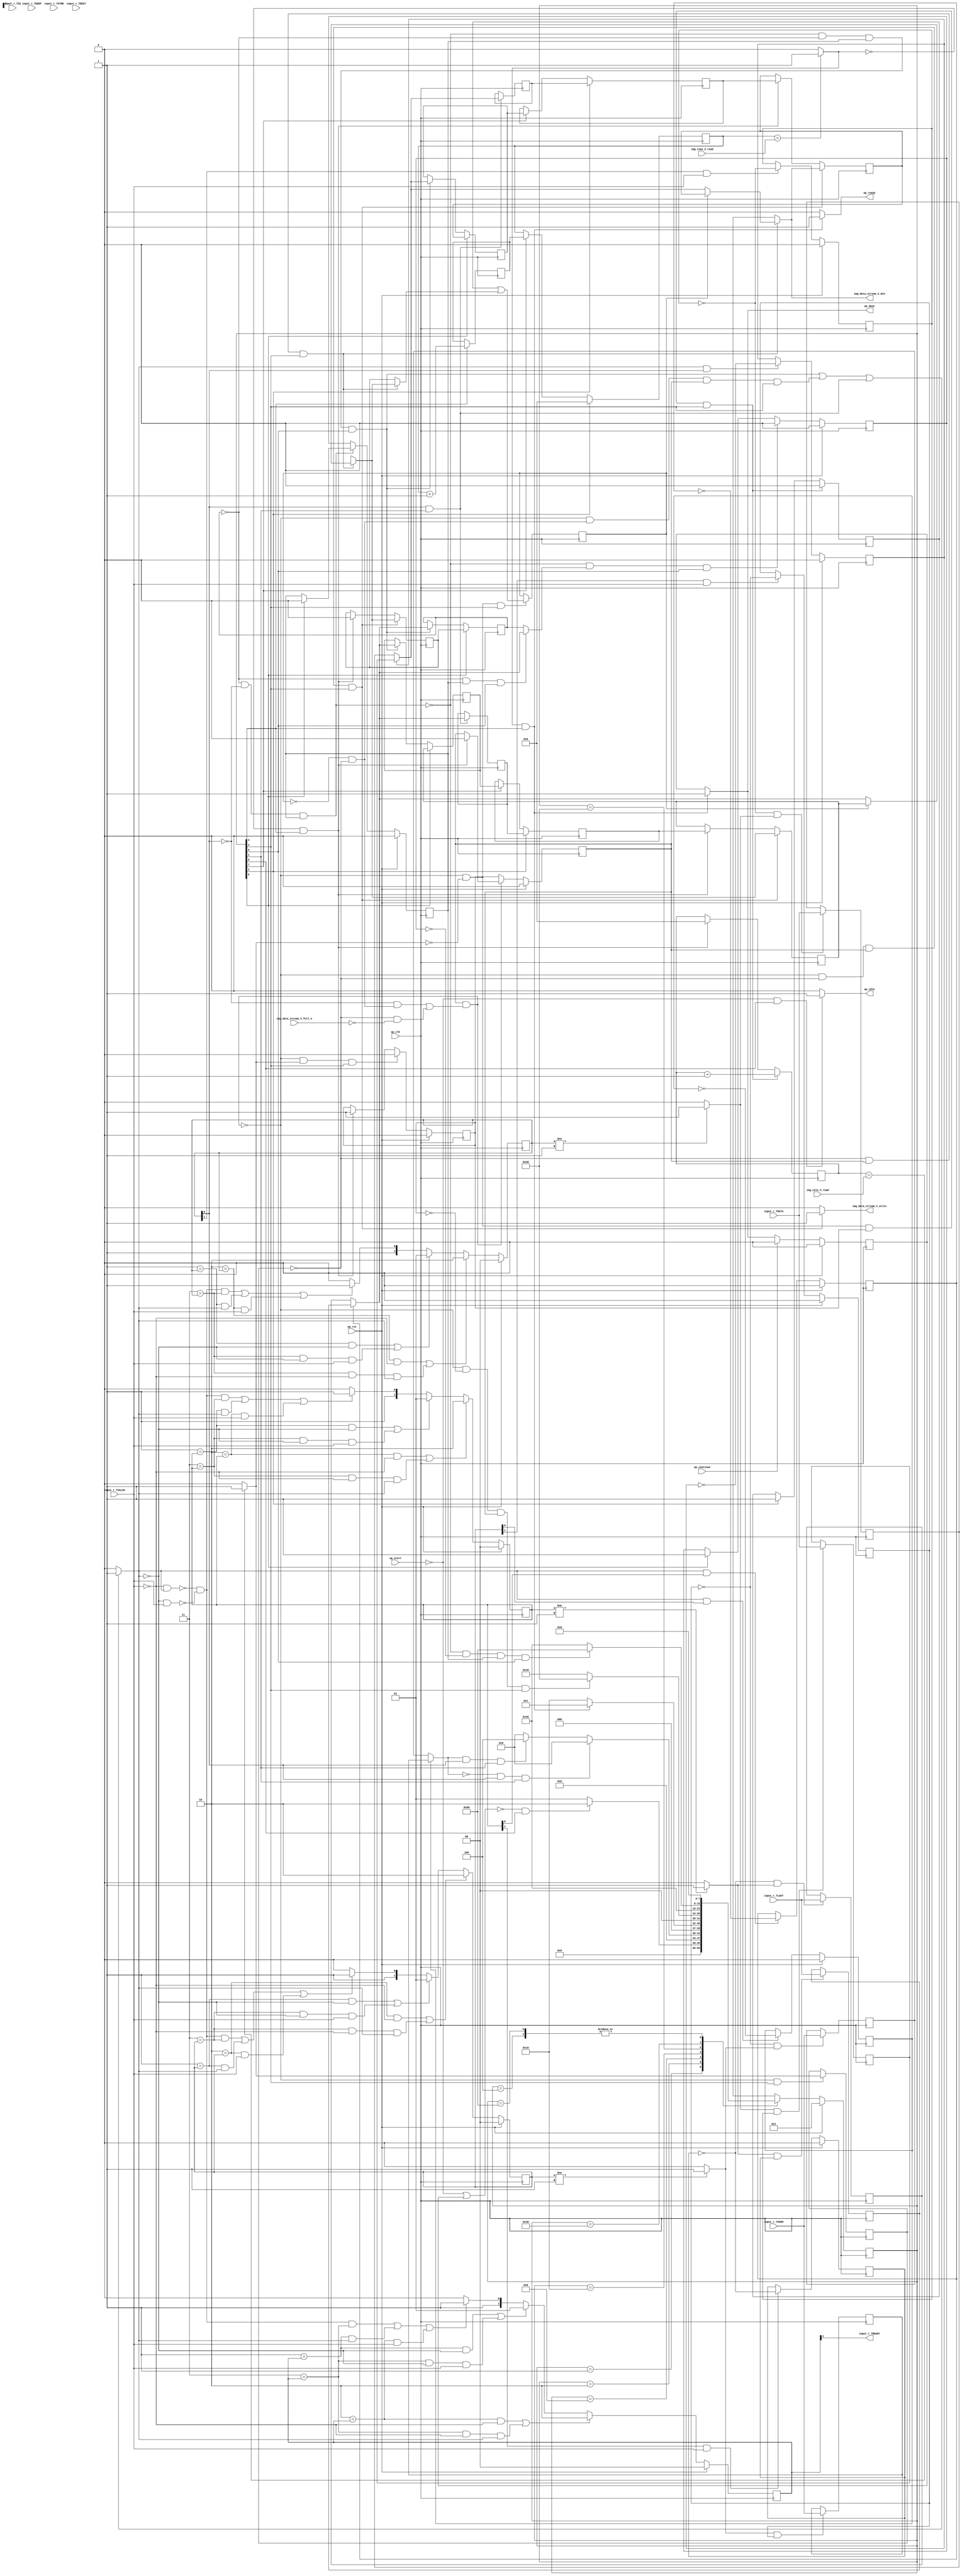
// ==============================================================
// RTL generated by Vivado(TM) HLS - High-Level Synthesis from C, C++ and SystemC
// Version: 2018.2
// Copyright (C) 1986-2018 Xilinx, Inc. All Rights Reserved.
// 
// ===========================================================

`timescale 1 ns / 1 ps 

module AXIvideo2Mat (
        ap_clk,
        ap_rst,
        ap_start,
        ap_done,
        ap_continue,
        ap_idle,
        ap_ready,
        input_r_TDATA,
        input_r_TVALID,
        input_r_TREADY,
        input_r_TKEEP,
        input_r_TSTRB,
        input_r_TUSER,
        input_r_TLAST,
        input_r_TID,
        input_r_TDEST,
        img_rows_V_read,
        img_cols_V_read,
        img_data_stream_V_din,
        img_data_stream_V_full_n,
        img_data_stream_V_write
);

parameter    ap_ST_fsm_state1 = 8'd1;
parameter    ap_ST_fsm_state2 = 8'd2;
parameter    ap_ST_fsm_state3 = 8'd4;
parameter    ap_ST_fsm_state4 = 8'd8;
parameter    ap_ST_fsm_pp1_stage0 = 8'd16;
parameter    ap_ST_fsm_state7 = 8'd32;
parameter    ap_ST_fsm_pp2_stage0 = 8'd64;
parameter    ap_ST_fsm_state10 = 8'd128;

input   ap_clk;
input   ap_rst;
input   ap_start;
output   ap_done;
input   ap_continue;
output   ap_idle;
output   ap_ready;
input  [7:0] input_r_TDATA;
input   input_r_TVALID;
output   input_r_TREADY;
input  [0:0] input_r_TKEEP;
input  [0:0] input_r_TSTRB;
input  [0:0] input_r_TUSER;
input  [0:0] input_r_TLAST;
input  [0:0] input_r_TID;
input  [0:0] input_r_TDEST;
input  [31:0] img_rows_V_read;
input  [31:0] img_cols_V_read;
output  [7:0] img_data_stream_V_din;
input   img_data_stream_V_full_n;
output   img_data_stream_V_write;

reg ap_done;
reg ap_idle;
reg ap_ready;
reg img_data_stream_V_write;

reg    ap_done_reg;
(* fsm_encoding = "none" *) reg   [7:0] ap_CS_fsm;
wire    ap_CS_fsm_state1;
reg   [7:0] AXI_video_strm_V_data_V_0_data_out;
wire    AXI_video_strm_V_data_V_0_vld_in;
wire    AXI_video_strm_V_data_V_0_vld_out;
wire    AXI_video_strm_V_data_V_0_ack_in;
reg    AXI_video_strm_V_data_V_0_ack_out;
reg   [7:0] AXI_video_strm_V_data_V_0_payload_A;
reg   [7:0] AXI_video_strm_V_data_V_0_payload_B;
reg    AXI_video_strm_V_data_V_0_sel_rd;
reg    AXI_video_strm_V_data_V_0_sel_wr;
wire    AXI_video_strm_V_data_V_0_sel;
wire    AXI_video_strm_V_data_V_0_load_A;
wire    AXI_video_strm_V_data_V_0_load_B;
reg   [1:0] AXI_video_strm_V_data_V_0_state;
wire    AXI_video_strm_V_data_V_0_state_cmp_full;
reg   [0:0] AXI_video_strm_V_user_V_0_data_out;
wire    AXI_video_strm_V_user_V_0_vld_in;
wire    AXI_video_strm_V_user_V_0_vld_out;
wire    AXI_video_strm_V_user_V_0_ack_in;
reg    AXI_video_strm_V_user_V_0_ack_out;
reg   [0:0] AXI_video_strm_V_user_V_0_payload_A;
reg   [0:0] AXI_video_strm_V_user_V_0_payload_B;
reg    AXI_video_strm_V_user_V_0_sel_rd;
reg    AXI_video_strm_V_user_V_0_sel_wr;
wire    AXI_video_strm_V_user_V_0_sel;
wire    AXI_video_strm_V_user_V_0_load_A;
wire    AXI_video_strm_V_user_V_0_load_B;
reg   [1:0] AXI_video_strm_V_user_V_0_state;
wire    AXI_video_strm_V_user_V_0_state_cmp_full;
reg   [0:0] AXI_video_strm_V_last_V_0_data_out;
wire    AXI_video_strm_V_last_V_0_vld_in;
wire    AXI_video_strm_V_last_V_0_vld_out;
wire    AXI_video_strm_V_last_V_0_ack_in;
reg    AXI_video_strm_V_last_V_0_ack_out;
reg   [0:0] AXI_video_strm_V_last_V_0_payload_A;
reg   [0:0] AXI_video_strm_V_last_V_0_payload_B;
reg    AXI_video_strm_V_last_V_0_sel_rd;
reg    AXI_video_strm_V_last_V_0_sel_wr;
wire    AXI_video_strm_V_last_V_0_sel;
wire    AXI_video_strm_V_last_V_0_load_A;
wire    AXI_video_strm_V_last_V_0_load_B;
reg   [1:0] AXI_video_strm_V_last_V_0_state;
wire    AXI_video_strm_V_last_V_0_state_cmp_full;
wire    AXI_video_strm_V_dest_V_0_vld_in;
reg    AXI_video_strm_V_dest_V_0_ack_out;
reg   [1:0] AXI_video_strm_V_dest_V_0_state;
reg    input_r_TDATA_blk_n;
wire    ap_CS_fsm_state2;
wire    ap_CS_fsm_pp1_stage0;
reg    ap_enable_reg_pp1_iter1;
wire    ap_block_pp1_stage0;
reg   [0:0] exitcond_reg_362;
reg   [0:0] brmerge_reg_371;
wire    ap_CS_fsm_pp2_stage0;
reg    ap_enable_reg_pp2_iter1;
wire    ap_block_pp2_stage0;
reg   [0:0] eol_2_reg_233;
reg    img_data_stream_V_blk_n;
reg   [31:0] t_V_4_reg_162;
reg   [0:0] eol_reg_173;
reg   [0:0] eol_1_reg_185;
reg   [7:0] axi_data_V_1_reg_196;
reg   [0:0] axi_last_V_3_reg_244;
reg   [7:0] axi_data_V_3_reg_256;
reg    ap_block_state1;
reg   [7:0] tmp_data_V_reg_333;
reg   [0:0] tmp_last_V_reg_341;
wire   [0:0] exitcond4_fu_287_p2;
wire    ap_CS_fsm_state4;
wire   [31:0] i_V_fu_292_p2;
reg   [31:0] i_V_reg_357;
wire   [0:0] exitcond_fu_298_p2;
wire    ap_block_state5_pp1_stage0_iter0;
reg    ap_predicate_op56_read_state6;
reg    ap_block_state6_pp1_stage0_iter1;
reg    ap_block_pp1_stage0_11001;
wire   [31:0] j_V_fu_303_p2;
reg    ap_enable_reg_pp1_iter0;
wire   [0:0] brmerge_fu_312_p2;
wire    ap_block_state8_pp2_stage0_iter0;
reg    ap_block_state9_pp2_stage0_iter1;
reg    ap_block_pp2_stage0_11001;
reg    ap_block_pp1_stage0_subdone;
reg    ap_enable_reg_pp2_iter0;
wire    ap_CS_fsm_state7;
reg    ap_block_pp2_stage0_subdone;
reg   [0:0] ap_phi_mux_eol_2_phi_fu_236_p4;
reg   [0:0] axi_last_V1_reg_131;
wire    ap_CS_fsm_state10;
wire    ap_CS_fsm_state3;
reg   [7:0] axi_data_V1_reg_141;
reg   [31:0] t_V_reg_151;
reg   [0:0] ap_phi_mux_eol_phi_fu_177_p4;
reg   [0:0] ap_phi_mux_axi_last_V_2_phi_fu_212_p4;
reg   [7:0] ap_phi_mux_p_Val2_s_phi_fu_224_p4;
wire   [0:0] ap_phi_reg_pp1_iter1_axi_last_V_2_reg_207;
wire   [7:0] ap_phi_reg_pp1_iter1_p_Val2_s_reg_220;
reg    ap_block_pp1_stage0_01001;
reg   [0:0] sof_1_fu_90;
wire   [0:0] tmp_user_V_fu_278_p1;
reg   [7:0] ap_NS_fsm;
reg    ap_idle_pp1;
wire    ap_enable_pp1;
reg    ap_idle_pp2;
wire    ap_enable_pp2;
reg    ap_condition_487;

// power-on initialization
initial begin
#0 ap_done_reg = 1'b0;
#0 ap_CS_fsm = 8'd1;
#0 AXI_video_strm_V_data_V_0_sel_rd = 1'b0;
#0 AXI_video_strm_V_data_V_0_sel_wr = 1'b0;
#0 AXI_video_strm_V_data_V_0_state = 2'd0;
#0 AXI_video_strm_V_user_V_0_sel_rd = 1'b0;
#0 AXI_video_strm_V_user_V_0_sel_wr = 1'b0;
#0 AXI_video_strm_V_user_V_0_state = 2'd0;
#0 AXI_video_strm_V_last_V_0_sel_rd = 1'b0;
#0 AXI_video_strm_V_last_V_0_sel_wr = 1'b0;
#0 AXI_video_strm_V_last_V_0_state = 2'd0;
#0 AXI_video_strm_V_dest_V_0_state = 2'd0;
#0 ap_enable_reg_pp1_iter1 = 1'b0;
#0 ap_enable_reg_pp2_iter1 = 1'b0;
#0 ap_enable_reg_pp1_iter0 = 1'b0;
#0 ap_enable_reg_pp2_iter0 = 1'b0;
end

always @ (posedge ap_clk) begin
    if (ap_rst == 1'b1) begin
        AXI_video_strm_V_data_V_0_sel_rd <= 1'b0;
    end else begin
        if (((1'b1 == AXI_video_strm_V_data_V_0_ack_out) & (1'b1 == AXI_video_strm_V_data_V_0_vld_out))) begin
            AXI_video_strm_V_data_V_0_sel_rd <= ~AXI_video_strm_V_data_V_0_sel_rd;
        end
    end
end

always @ (posedge ap_clk) begin
    if (ap_rst == 1'b1) begin
        AXI_video_strm_V_data_V_0_sel_wr <= 1'b0;
    end else begin
        if (((1'b1 == AXI_video_strm_V_data_V_0_ack_in) & (1'b1 == AXI_video_strm_V_data_V_0_vld_in))) begin
            AXI_video_strm_V_data_V_0_sel_wr <= ~AXI_video_strm_V_data_V_0_sel_wr;
        end
    end
end

always @ (posedge ap_clk) begin
    if (ap_rst == 1'b1) begin
        AXI_video_strm_V_data_V_0_state <= 2'd0;
    end else begin
        if ((((2'd2 == AXI_video_strm_V_data_V_0_state) & (1'b0 == AXI_video_strm_V_data_V_0_vld_in)) | ((2'd3 == AXI_video_strm_V_data_V_0_state) & (1'b0 == AXI_video_strm_V_data_V_0_vld_in) & (1'b1 == AXI_video_strm_V_data_V_0_ack_out)))) begin
            AXI_video_strm_V_data_V_0_state <= 2'd2;
        end else if ((((2'd1 == AXI_video_strm_V_data_V_0_state) & (1'b0 == AXI_video_strm_V_data_V_0_ack_out)) | ((2'd3 == AXI_video_strm_V_data_V_0_state) & (1'b0 == AXI_video_strm_V_data_V_0_ack_out) & (1'b1 == AXI_video_strm_V_data_V_0_vld_in)))) begin
            AXI_video_strm_V_data_V_0_state <= 2'd1;
        end else if (((~((1'b0 == AXI_video_strm_V_data_V_0_vld_in) & (1'b1 == AXI_video_strm_V_data_V_0_ack_out)) & ~((1'b0 == AXI_video_strm_V_data_V_0_ack_out) & (1'b1 == AXI_video_strm_V_data_V_0_vld_in)) & (2'd3 == AXI_video_strm_V_data_V_0_state)) | ((2'd1 == AXI_video_strm_V_data_V_0_state) & (1'b1 == AXI_video_strm_V_data_V_0_ack_out)) | ((2'd2 == AXI_video_strm_V_data_V_0_state) & (1'b1 == AXI_video_strm_V_data_V_0_vld_in)))) begin
            AXI_video_strm_V_data_V_0_state <= 2'd3;
        end else begin
            AXI_video_strm_V_data_V_0_state <= 2'd2;
        end
    end
end

always @ (posedge ap_clk) begin
    if (ap_rst == 1'b1) begin
        AXI_video_strm_V_dest_V_0_state <= 2'd0;
    end else begin
        if ((((2'd2 == AXI_video_strm_V_dest_V_0_state) & (1'b0 == AXI_video_strm_V_dest_V_0_vld_in)) | ((2'd3 == AXI_video_strm_V_dest_V_0_state) & (1'b0 == AXI_video_strm_V_dest_V_0_vld_in) & (1'b1 == AXI_video_strm_V_dest_V_0_ack_out)))) begin
            AXI_video_strm_V_dest_V_0_state <= 2'd2;
        end else if ((((2'd1 == AXI_video_strm_V_dest_V_0_state) & (1'b0 == AXI_video_strm_V_dest_V_0_ack_out)) | ((2'd3 == AXI_video_strm_V_dest_V_0_state) & (1'b0 == AXI_video_strm_V_dest_V_0_ack_out) & (1'b1 == AXI_video_strm_V_dest_V_0_vld_in)))) begin
            AXI_video_strm_V_dest_V_0_state <= 2'd1;
        end else if (((~((1'b0 == AXI_video_strm_V_dest_V_0_vld_in) & (1'b1 == AXI_video_strm_V_dest_V_0_ack_out)) & ~((1'b0 == AXI_video_strm_V_dest_V_0_ack_out) & (1'b1 == AXI_video_strm_V_dest_V_0_vld_in)) & (2'd3 == AXI_video_strm_V_dest_V_0_state)) | ((2'd1 == AXI_video_strm_V_dest_V_0_state) & (1'b1 == AXI_video_strm_V_dest_V_0_ack_out)) | ((2'd2 == AXI_video_strm_V_dest_V_0_state) & (1'b1 == AXI_video_strm_V_dest_V_0_vld_in)))) begin
            AXI_video_strm_V_dest_V_0_state <= 2'd3;
        end else begin
            AXI_video_strm_V_dest_V_0_state <= 2'd2;
        end
    end
end

always @ (posedge ap_clk) begin
    if (ap_rst == 1'b1) begin
        AXI_video_strm_V_last_V_0_sel_rd <= 1'b0;
    end else begin
        if (((1'b1 == AXI_video_strm_V_last_V_0_ack_out) & (1'b1 == AXI_video_strm_V_last_V_0_vld_out))) begin
            AXI_video_strm_V_last_V_0_sel_rd <= ~AXI_video_strm_V_last_V_0_sel_rd;
        end
    end
end

always @ (posedge ap_clk) begin
    if (ap_rst == 1'b1) begin
        AXI_video_strm_V_last_V_0_sel_wr <= 1'b0;
    end else begin
        if (((1'b1 == AXI_video_strm_V_last_V_0_ack_in) & (1'b1 == AXI_video_strm_V_last_V_0_vld_in))) begin
            AXI_video_strm_V_last_V_0_sel_wr <= ~AXI_video_strm_V_last_V_0_sel_wr;
        end
    end
end

always @ (posedge ap_clk) begin
    if (ap_rst == 1'b1) begin
        AXI_video_strm_V_last_V_0_state <= 2'd0;
    end else begin
        if ((((2'd2 == AXI_video_strm_V_last_V_0_state) & (1'b0 == AXI_video_strm_V_last_V_0_vld_in)) | ((2'd3 == AXI_video_strm_V_last_V_0_state) & (1'b0 == AXI_video_strm_V_last_V_0_vld_in) & (1'b1 == AXI_video_strm_V_last_V_0_ack_out)))) begin
            AXI_video_strm_V_last_V_0_state <= 2'd2;
        end else if ((((2'd1 == AXI_video_strm_V_last_V_0_state) & (1'b0 == AXI_video_strm_V_last_V_0_ack_out)) | ((2'd3 == AXI_video_strm_V_last_V_0_state) & (1'b0 == AXI_video_strm_V_last_V_0_ack_out) & (1'b1 == AXI_video_strm_V_last_V_0_vld_in)))) begin
            AXI_video_strm_V_last_V_0_state <= 2'd1;
        end else if (((~((1'b0 == AXI_video_strm_V_last_V_0_vld_in) & (1'b1 == AXI_video_strm_V_last_V_0_ack_out)) & ~((1'b0 == AXI_video_strm_V_last_V_0_ack_out) & (1'b1 == AXI_video_strm_V_last_V_0_vld_in)) & (2'd3 == AXI_video_strm_V_last_V_0_state)) | ((2'd1 == AXI_video_strm_V_last_V_0_state) & (1'b1 == AXI_video_strm_V_last_V_0_ack_out)) | ((2'd2 == AXI_video_strm_V_last_V_0_state) & (1'b1 == AXI_video_strm_V_last_V_0_vld_in)))) begin
            AXI_video_strm_V_last_V_0_state <= 2'd3;
        end else begin
            AXI_video_strm_V_last_V_0_state <= 2'd2;
        end
    end
end

always @ (posedge ap_clk) begin
    if (ap_rst == 1'b1) begin
        AXI_video_strm_V_user_V_0_sel_rd <= 1'b0;
    end else begin
        if (((1'b1 == AXI_video_strm_V_user_V_0_ack_out) & (1'b1 == AXI_video_strm_V_user_V_0_vld_out))) begin
            AXI_video_strm_V_user_V_0_sel_rd <= ~AXI_video_strm_V_user_V_0_sel_rd;
        end
    end
end

always @ (posedge ap_clk) begin
    if (ap_rst == 1'b1) begin
        AXI_video_strm_V_user_V_0_sel_wr <= 1'b0;
    end else begin
        if (((1'b1 == AXI_video_strm_V_user_V_0_ack_in) & (1'b1 == AXI_video_strm_V_user_V_0_vld_in))) begin
            AXI_video_strm_V_user_V_0_sel_wr <= ~AXI_video_strm_V_user_V_0_sel_wr;
        end
    end
end

always @ (posedge ap_clk) begin
    if (ap_rst == 1'b1) begin
        AXI_video_strm_V_user_V_0_state <= 2'd0;
    end else begin
        if ((((2'd2 == AXI_video_strm_V_user_V_0_state) & (1'b0 == AXI_video_strm_V_user_V_0_vld_in)) | ((2'd3 == AXI_video_strm_V_user_V_0_state) & (1'b0 == AXI_video_strm_V_user_V_0_vld_in) & (1'b1 == AXI_video_strm_V_user_V_0_ack_out)))) begin
            AXI_video_strm_V_user_V_0_state <= 2'd2;
        end else if ((((2'd1 == AXI_video_strm_V_user_V_0_state) & (1'b0 == AXI_video_strm_V_user_V_0_ack_out)) | ((2'd3 == AXI_video_strm_V_user_V_0_state) & (1'b0 == AXI_video_strm_V_user_V_0_ack_out) & (1'b1 == AXI_video_strm_V_user_V_0_vld_in)))) begin
            AXI_video_strm_V_user_V_0_state <= 2'd1;
        end else if (((~((1'b0 == AXI_video_strm_V_user_V_0_vld_in) & (1'b1 == AXI_video_strm_V_user_V_0_ack_out)) & ~((1'b0 == AXI_video_strm_V_user_V_0_ack_out) & (1'b1 == AXI_video_strm_V_user_V_0_vld_in)) & (2'd3 == AXI_video_strm_V_user_V_0_state)) | ((2'd1 == AXI_video_strm_V_user_V_0_state) & (1'b1 == AXI_video_strm_V_user_V_0_ack_out)) | ((2'd2 == AXI_video_strm_V_user_V_0_state) & (1'b1 == AXI_video_strm_V_user_V_0_vld_in)))) begin
            AXI_video_strm_V_user_V_0_state <= 2'd3;
        end else begin
            AXI_video_strm_V_user_V_0_state <= 2'd2;
        end
    end
end

always @ (posedge ap_clk) begin
    if (ap_rst == 1'b1) begin
        ap_CS_fsm <= ap_ST_fsm_state1;
    end else begin
        ap_CS_fsm <= ap_NS_fsm;
    end
end

always @ (posedge ap_clk) begin
    if (ap_rst == 1'b1) begin
        ap_done_reg <= 1'b0;
    end else begin
        if ((ap_continue == 1'b1)) begin
            ap_done_reg <= 1'b0;
        end else if (((exitcond4_fu_287_p2 == 1'd1) & (1'b1 == ap_CS_fsm_state4))) begin
            ap_done_reg <= 1'b1;
        end
    end
end

always @ (posedge ap_clk) begin
    if (ap_rst == 1'b1) begin
        ap_enable_reg_pp1_iter0 <= 1'b0;
    end else begin
        if (((1'b0 == ap_block_pp1_stage0_subdone) & (exitcond_fu_298_p2 == 1'd1) & (1'b1 == ap_CS_fsm_pp1_stage0))) begin
            ap_enable_reg_pp1_iter0 <= 1'b0;
        end else if (((exitcond4_fu_287_p2 == 1'd0) & (1'b1 == ap_CS_fsm_state4))) begin
            ap_enable_reg_pp1_iter0 <= 1'b1;
        end
    end
end

always @ (posedge ap_clk) begin
    if (ap_rst == 1'b1) begin
        ap_enable_reg_pp1_iter1 <= 1'b0;
    end else begin
        if ((1'b0 == ap_block_pp1_stage0_subdone)) begin
            ap_enable_reg_pp1_iter1 <= ap_enable_reg_pp1_iter0;
        end else if (((exitcond4_fu_287_p2 == 1'd0) & (1'b1 == ap_CS_fsm_state4))) begin
            ap_enable_reg_pp1_iter1 <= 1'b0;
        end
    end
end

always @ (posedge ap_clk) begin
    if (ap_rst == 1'b1) begin
        ap_enable_reg_pp2_iter0 <= 1'b0;
    end else begin
        if (((1'b0 == ap_block_pp2_stage0_subdone) & (ap_phi_mux_eol_2_phi_fu_236_p4 == 1'd1) & (1'b1 == ap_CS_fsm_pp2_stage0))) begin
            ap_enable_reg_pp2_iter0 <= 1'b0;
        end else if ((1'b1 == ap_CS_fsm_state7)) begin
            ap_enable_reg_pp2_iter0 <= 1'b1;
        end
    end
end

always @ (posedge ap_clk) begin
    if (ap_rst == 1'b1) begin
        ap_enable_reg_pp2_iter1 <= 1'b0;
    end else begin
        if ((1'b0 == ap_block_pp2_stage0_subdone)) begin
            ap_enable_reg_pp2_iter1 <= ap_enable_reg_pp2_iter0;
        end else if ((1'b1 == ap_CS_fsm_state7)) begin
            ap_enable_reg_pp2_iter1 <= 1'b0;
        end
    end
end

always @ (posedge ap_clk) begin
    if ((1'b1 == ap_CS_fsm_state3)) begin
        axi_data_V1_reg_141 <= tmp_data_V_reg_333;
    end else if ((1'b1 == ap_CS_fsm_state10)) begin
        axi_data_V1_reg_141 <= axi_data_V_3_reg_256;
    end
end

always @ (posedge ap_clk) begin
    if (((1'b0 == ap_block_pp1_stage0_11001) & (exitcond_reg_362 == 1'd0) & (ap_enable_reg_pp1_iter1 == 1'b1) & (1'b1 == ap_CS_fsm_pp1_stage0))) begin
        axi_data_V_1_reg_196 <= ap_phi_mux_p_Val2_s_phi_fu_224_p4;
    end else if (((exitcond4_fu_287_p2 == 1'd0) & (1'b1 == ap_CS_fsm_state4))) begin
        axi_data_V_1_reg_196 <= axi_data_V1_reg_141;
    end
end

always @ (posedge ap_clk) begin
    if ((1'b1 == ap_CS_fsm_state7)) begin
        axi_data_V_3_reg_256 <= axi_data_V_1_reg_196;
    end else if (((1'b0 == ap_block_pp2_stage0_11001) & (eol_2_reg_233 == 1'd0) & (ap_enable_reg_pp2_iter1 == 1'b1) & (1'b1 == ap_CS_fsm_pp2_stage0))) begin
        axi_data_V_3_reg_256 <= AXI_video_strm_V_data_V_0_data_out;
    end
end

always @ (posedge ap_clk) begin
    if ((1'b1 == ap_CS_fsm_state3)) begin
        axi_last_V1_reg_131 <= tmp_last_V_reg_341;
    end else if ((1'b1 == ap_CS_fsm_state10)) begin
        axi_last_V1_reg_131 <= axi_last_V_3_reg_244;
    end
end

always @ (posedge ap_clk) begin
    if ((1'b1 == ap_CS_fsm_state7)) begin
        axi_last_V_3_reg_244 <= eol_1_reg_185;
    end else if (((1'b0 == ap_block_pp2_stage0_11001) & (eol_2_reg_233 == 1'd0) & (ap_enable_reg_pp2_iter1 == 1'b1) & (1'b1 == ap_CS_fsm_pp2_stage0))) begin
        axi_last_V_3_reg_244 <= AXI_video_strm_V_last_V_0_data_out;
    end
end

always @ (posedge ap_clk) begin
    if (((1'b0 == ap_block_pp1_stage0_11001) & (exitcond_reg_362 == 1'd0) & (ap_enable_reg_pp1_iter1 == 1'b1) & (1'b1 == ap_CS_fsm_pp1_stage0))) begin
        eol_1_reg_185 <= ap_phi_mux_axi_last_V_2_phi_fu_212_p4;
    end else if (((exitcond4_fu_287_p2 == 1'd0) & (1'b1 == ap_CS_fsm_state4))) begin
        eol_1_reg_185 <= axi_last_V1_reg_131;
    end
end

always @ (posedge ap_clk) begin
    if ((1'b1 == ap_CS_fsm_state7)) begin
        eol_2_reg_233 <= eol_reg_173;
    end else if (((1'b0 == ap_block_pp2_stage0_11001) & (eol_2_reg_233 == 1'd0) & (ap_enable_reg_pp2_iter1 == 1'b1) & (1'b1 == ap_CS_fsm_pp2_stage0))) begin
        eol_2_reg_233 <= AXI_video_strm_V_last_V_0_data_out;
    end
end

always @ (posedge ap_clk) begin
    if (((1'b0 == ap_block_pp1_stage0_11001) & (exitcond_reg_362 == 1'd0) & (ap_enable_reg_pp1_iter1 == 1'b1) & (1'b1 == ap_CS_fsm_pp1_stage0))) begin
        eol_reg_173 <= ap_phi_mux_axi_last_V_2_phi_fu_212_p4;
    end else if (((exitcond4_fu_287_p2 == 1'd0) & (1'b1 == ap_CS_fsm_state4))) begin
        eol_reg_173 <= 1'd0;
    end
end

always @ (posedge ap_clk) begin
    if (((1'b0 == ap_block_pp1_stage0_11001) & (exitcond_fu_298_p2 == 1'd0) & (ap_enable_reg_pp1_iter0 == 1'b1) & (1'b1 == ap_CS_fsm_pp1_stage0))) begin
        sof_1_fu_90 <= 1'd0;
    end else if ((1'b1 == ap_CS_fsm_state3)) begin
        sof_1_fu_90 <= 1'd1;
    end
end

always @ (posedge ap_clk) begin
    if (((1'b0 == ap_block_pp1_stage0_11001) & (exitcond_fu_298_p2 == 1'd0) & (ap_enable_reg_pp1_iter0 == 1'b1) & (1'b1 == ap_CS_fsm_pp1_stage0))) begin
        t_V_4_reg_162 <= j_V_fu_303_p2;
    end else if (((exitcond4_fu_287_p2 == 1'd0) & (1'b1 == ap_CS_fsm_state4))) begin
        t_V_4_reg_162 <= 32'd0;
    end
end

always @ (posedge ap_clk) begin
    if ((1'b1 == ap_CS_fsm_state3)) begin
        t_V_reg_151 <= 32'd0;
    end else if ((1'b1 == ap_CS_fsm_state10)) begin
        t_V_reg_151 <= i_V_reg_357;
    end
end

always @ (posedge ap_clk) begin
    if ((1'b1 == AXI_video_strm_V_data_V_0_load_A)) begin
        AXI_video_strm_V_data_V_0_payload_A <= input_r_TDATA;
    end
end

always @ (posedge ap_clk) begin
    if ((1'b1 == AXI_video_strm_V_data_V_0_load_B)) begin
        AXI_video_strm_V_data_V_0_payload_B <= input_r_TDATA;
    end
end

always @ (posedge ap_clk) begin
    if ((1'b1 == AXI_video_strm_V_last_V_0_load_A)) begin
        AXI_video_strm_V_last_V_0_payload_A <= input_r_TLAST;
    end
end

always @ (posedge ap_clk) begin
    if ((1'b1 == AXI_video_strm_V_last_V_0_load_B)) begin
        AXI_video_strm_V_last_V_0_payload_B <= input_r_TLAST;
    end
end

always @ (posedge ap_clk) begin
    if ((1'b1 == AXI_video_strm_V_user_V_0_load_A)) begin
        AXI_video_strm_V_user_V_0_payload_A <= input_r_TUSER;
    end
end

always @ (posedge ap_clk) begin
    if ((1'b1 == AXI_video_strm_V_user_V_0_load_B)) begin
        AXI_video_strm_V_user_V_0_payload_B <= input_r_TUSER;
    end
end

always @ (posedge ap_clk) begin
    if (((1'b0 == ap_block_pp1_stage0_11001) & (exitcond_fu_298_p2 == 1'd0) & (1'b1 == ap_CS_fsm_pp1_stage0))) begin
        brmerge_reg_371 <= brmerge_fu_312_p2;
    end
end

always @ (posedge ap_clk) begin
    if (((1'b0 == ap_block_pp1_stage0_11001) & (1'b1 == ap_CS_fsm_pp1_stage0))) begin
        exitcond_reg_362 <= exitcond_fu_298_p2;
    end
end

always @ (posedge ap_clk) begin
    if ((1'b1 == ap_CS_fsm_state4)) begin
        i_V_reg_357 <= i_V_fu_292_p2;
    end
end

always @ (posedge ap_clk) begin
    if (((1'b1 == AXI_video_strm_V_data_V_0_vld_out) & (1'b1 == ap_CS_fsm_state2))) begin
        tmp_data_V_reg_333 <= AXI_video_strm_V_data_V_0_data_out;
        tmp_last_V_reg_341 <= AXI_video_strm_V_last_V_0_data_out;
    end
end

always @ (*) begin
    if ((((1'b0 == ap_block_pp2_stage0_11001) & (eol_2_reg_233 == 1'd0) & (ap_enable_reg_pp2_iter1 == 1'b1) & (1'b1 == ap_CS_fsm_pp2_stage0)) | ((1'b0 == ap_block_pp1_stage0_11001) & (ap_predicate_op56_read_state6 == 1'b1) & (ap_enable_reg_pp1_iter1 == 1'b1) & (1'b1 == ap_CS_fsm_pp1_stage0)) | ((1'b1 == AXI_video_strm_V_data_V_0_vld_out) & (1'b1 == ap_CS_fsm_state2)))) begin
        AXI_video_strm_V_data_V_0_ack_out = 1'b1;
    end else begin
        AXI_video_strm_V_data_V_0_ack_out = 1'b0;
    end
end

always @ (*) begin
    if ((1'b1 == AXI_video_strm_V_data_V_0_sel)) begin
        AXI_video_strm_V_data_V_0_data_out = AXI_video_strm_V_data_V_0_payload_B;
    end else begin
        AXI_video_strm_V_data_V_0_data_out = AXI_video_strm_V_data_V_0_payload_A;
    end
end

always @ (*) begin
    if ((((1'b0 == ap_block_pp2_stage0_11001) & (eol_2_reg_233 == 1'd0) & (ap_enable_reg_pp2_iter1 == 1'b1) & (1'b1 == ap_CS_fsm_pp2_stage0)) | ((1'b0 == ap_block_pp1_stage0_11001) & (ap_predicate_op56_read_state6 == 1'b1) & (ap_enable_reg_pp1_iter1 == 1'b1) & (1'b1 == ap_CS_fsm_pp1_stage0)) | ((1'b1 == AXI_video_strm_V_data_V_0_vld_out) & (1'b1 == ap_CS_fsm_state2)))) begin
        AXI_video_strm_V_dest_V_0_ack_out = 1'b1;
    end else begin
        AXI_video_strm_V_dest_V_0_ack_out = 1'b0;
    end
end

always @ (*) begin
    if ((((1'b0 == ap_block_pp2_stage0_11001) & (eol_2_reg_233 == 1'd0) & (ap_enable_reg_pp2_iter1 == 1'b1) & (1'b1 == ap_CS_fsm_pp2_stage0)) | ((1'b0 == ap_block_pp1_stage0_11001) & (ap_predicate_op56_read_state6 == 1'b1) & (ap_enable_reg_pp1_iter1 == 1'b1) & (1'b1 == ap_CS_fsm_pp1_stage0)) | ((1'b1 == AXI_video_strm_V_data_V_0_vld_out) & (1'b1 == ap_CS_fsm_state2)))) begin
        AXI_video_strm_V_last_V_0_ack_out = 1'b1;
    end else begin
        AXI_video_strm_V_last_V_0_ack_out = 1'b0;
    end
end

always @ (*) begin
    if ((1'b1 == AXI_video_strm_V_last_V_0_sel)) begin
        AXI_video_strm_V_last_V_0_data_out = AXI_video_strm_V_last_V_0_payload_B;
    end else begin
        AXI_video_strm_V_last_V_0_data_out = AXI_video_strm_V_last_V_0_payload_A;
    end
end

always @ (*) begin
    if ((((1'b0 == ap_block_pp2_stage0_11001) & (eol_2_reg_233 == 1'd0) & (ap_enable_reg_pp2_iter1 == 1'b1) & (1'b1 == ap_CS_fsm_pp2_stage0)) | ((1'b0 == ap_block_pp1_stage0_11001) & (ap_predicate_op56_read_state6 == 1'b1) & (ap_enable_reg_pp1_iter1 == 1'b1) & (1'b1 == ap_CS_fsm_pp1_stage0)) | ((1'b1 == AXI_video_strm_V_data_V_0_vld_out) & (1'b1 == ap_CS_fsm_state2)))) begin
        AXI_video_strm_V_user_V_0_ack_out = 1'b1;
    end else begin
        AXI_video_strm_V_user_V_0_ack_out = 1'b0;
    end
end

always @ (*) begin
    if ((1'b1 == AXI_video_strm_V_user_V_0_sel)) begin
        AXI_video_strm_V_user_V_0_data_out = AXI_video_strm_V_user_V_0_payload_B;
    end else begin
        AXI_video_strm_V_user_V_0_data_out = AXI_video_strm_V_user_V_0_payload_A;
    end
end

always @ (*) begin
    if (((exitcond4_fu_287_p2 == 1'd1) & (1'b1 == ap_CS_fsm_state4))) begin
        ap_done = 1'b1;
    end else begin
        ap_done = ap_done_reg;
    end
end

always @ (*) begin
    if (((ap_start == 1'b0) & (1'b1 == ap_CS_fsm_state1))) begin
        ap_idle = 1'b1;
    end else begin
        ap_idle = 1'b0;
    end
end

always @ (*) begin
    if (((ap_enable_reg_pp1_iter0 == 1'b0) & (ap_enable_reg_pp1_iter1 == 1'b0))) begin
        ap_idle_pp1 = 1'b1;
    end else begin
        ap_idle_pp1 = 1'b0;
    end
end

always @ (*) begin
    if (((ap_enable_reg_pp2_iter0 == 1'b0) & (ap_enable_reg_pp2_iter1 == 1'b0))) begin
        ap_idle_pp2 = 1'b1;
    end else begin
        ap_idle_pp2 = 1'b0;
    end
end

always @ (*) begin
    if ((1'b1 == ap_condition_487)) begin
        if ((brmerge_reg_371 == 1'd1)) begin
            ap_phi_mux_axi_last_V_2_phi_fu_212_p4 = eol_1_reg_185;
        end else if ((brmerge_reg_371 == 1'd0)) begin
            ap_phi_mux_axi_last_V_2_phi_fu_212_p4 = AXI_video_strm_V_last_V_0_data_out;
        end else begin
            ap_phi_mux_axi_last_V_2_phi_fu_212_p4 = ap_phi_reg_pp1_iter1_axi_last_V_2_reg_207;
        end
    end else begin
        ap_phi_mux_axi_last_V_2_phi_fu_212_p4 = ap_phi_reg_pp1_iter1_axi_last_V_2_reg_207;
    end
end

always @ (*) begin
    if (((eol_2_reg_233 == 1'd0) & (1'b0 == ap_block_pp2_stage0) & (ap_enable_reg_pp2_iter1 == 1'b1) & (1'b1 == ap_CS_fsm_pp2_stage0))) begin
        ap_phi_mux_eol_2_phi_fu_236_p4 = AXI_video_strm_V_last_V_0_data_out;
    end else begin
        ap_phi_mux_eol_2_phi_fu_236_p4 = eol_2_reg_233;
    end
end

always @ (*) begin
    if (((exitcond_reg_362 == 1'd0) & (1'b0 == ap_block_pp1_stage0) & (ap_enable_reg_pp1_iter1 == 1'b1) & (1'b1 == ap_CS_fsm_pp1_stage0))) begin
        ap_phi_mux_eol_phi_fu_177_p4 = ap_phi_mux_axi_last_V_2_phi_fu_212_p4;
    end else begin
        ap_phi_mux_eol_phi_fu_177_p4 = eol_reg_173;
    end
end

always @ (*) begin
    if ((1'b1 == ap_condition_487)) begin
        if ((brmerge_reg_371 == 1'd1)) begin
            ap_phi_mux_p_Val2_s_phi_fu_224_p4 = axi_data_V_1_reg_196;
        end else if ((brmerge_reg_371 == 1'd0)) begin
            ap_phi_mux_p_Val2_s_phi_fu_224_p4 = AXI_video_strm_V_data_V_0_data_out;
        end else begin
            ap_phi_mux_p_Val2_s_phi_fu_224_p4 = ap_phi_reg_pp1_iter1_p_Val2_s_reg_220;
        end
    end else begin
        ap_phi_mux_p_Val2_s_phi_fu_224_p4 = ap_phi_reg_pp1_iter1_p_Val2_s_reg_220;
    end
end

always @ (*) begin
    if (((exitcond4_fu_287_p2 == 1'd1) & (1'b1 == ap_CS_fsm_state4))) begin
        ap_ready = 1'b1;
    end else begin
        ap_ready = 1'b0;
    end
end

always @ (*) begin
    if (((exitcond_reg_362 == 1'd0) & (1'b0 == ap_block_pp1_stage0) & (ap_enable_reg_pp1_iter1 == 1'b1) & (1'b1 == ap_CS_fsm_pp1_stage0))) begin
        img_data_stream_V_blk_n = img_data_stream_V_full_n;
    end else begin
        img_data_stream_V_blk_n = 1'b1;
    end
end

always @ (*) begin
    if (((1'b0 == ap_block_pp1_stage0_11001) & (exitcond_reg_362 == 1'd0) & (ap_enable_reg_pp1_iter1 == 1'b1) & (1'b1 == ap_CS_fsm_pp1_stage0))) begin
        img_data_stream_V_write = 1'b1;
    end else begin
        img_data_stream_V_write = 1'b0;
    end
end

always @ (*) begin
    if (((1'b1 == ap_CS_fsm_state2) | ((eol_2_reg_233 == 1'd0) & (1'b0 == ap_block_pp2_stage0) & (ap_enable_reg_pp2_iter1 == 1'b1) & (1'b1 == ap_CS_fsm_pp2_stage0)) | ((brmerge_reg_371 == 1'd0) & (exitcond_reg_362 == 1'd0) & (1'b0 == ap_block_pp1_stage0) & (ap_enable_reg_pp1_iter1 == 1'b1) & (1'b1 == ap_CS_fsm_pp1_stage0)))) begin
        input_r_TDATA_blk_n = AXI_video_strm_V_data_V_0_state[1'd0];
    end else begin
        input_r_TDATA_blk_n = 1'b1;
    end
end

always @ (*) begin
    case (ap_CS_fsm)
        ap_ST_fsm_state1 : begin
            if ((~((ap_start == 1'b0) | (ap_done_reg == 1'b1)) & (1'b1 == ap_CS_fsm_state1))) begin
                ap_NS_fsm = ap_ST_fsm_state2;
            end else begin
                ap_NS_fsm = ap_ST_fsm_state1;
            end
        end
        ap_ST_fsm_state2 : begin
            if (((tmp_user_V_fu_278_p1 == 1'd0) & (1'b1 == AXI_video_strm_V_data_V_0_vld_out) & (1'b1 == ap_CS_fsm_state2))) begin
                ap_NS_fsm = ap_ST_fsm_state2;
            end else if (((tmp_user_V_fu_278_p1 == 1'd1) & (1'b1 == AXI_video_strm_V_data_V_0_vld_out) & (1'b1 == ap_CS_fsm_state2))) begin
                ap_NS_fsm = ap_ST_fsm_state3;
            end else begin
                ap_NS_fsm = ap_ST_fsm_state2;
            end
        end
        ap_ST_fsm_state3 : begin
            ap_NS_fsm = ap_ST_fsm_state4;
        end
        ap_ST_fsm_state4 : begin
            if (((exitcond4_fu_287_p2 == 1'd1) & (1'b1 == ap_CS_fsm_state4))) begin
                ap_NS_fsm = ap_ST_fsm_state1;
            end else begin
                ap_NS_fsm = ap_ST_fsm_pp1_stage0;
            end
        end
        ap_ST_fsm_pp1_stage0 : begin
            if (~((1'b0 == ap_block_pp1_stage0_subdone) & (ap_enable_reg_pp1_iter0 == 1'b0) & (ap_enable_reg_pp1_iter1 == 1'b1) & (1'b1 == ap_CS_fsm_pp1_stage0))) begin
                ap_NS_fsm = ap_ST_fsm_pp1_stage0;
            end else if (((1'b0 == ap_block_pp1_stage0_subdone) & (ap_enable_reg_pp1_iter0 == 1'b0) & (ap_enable_reg_pp1_iter1 == 1'b1) & (1'b1 == ap_CS_fsm_pp1_stage0))) begin
                ap_NS_fsm = ap_ST_fsm_state7;
            end else begin
                ap_NS_fsm = ap_ST_fsm_pp1_stage0;
            end
        end
        ap_ST_fsm_state7 : begin
            ap_NS_fsm = ap_ST_fsm_pp2_stage0;
        end
        ap_ST_fsm_pp2_stage0 : begin
            if (~((1'b0 == ap_block_pp2_stage0_subdone) & (ap_enable_reg_pp2_iter0 == 1'b0) & (ap_enable_reg_pp2_iter1 == 1'b1) & (1'b1 == ap_CS_fsm_pp2_stage0))) begin
                ap_NS_fsm = ap_ST_fsm_pp2_stage0;
            end else if (((1'b0 == ap_block_pp2_stage0_subdone) & (ap_enable_reg_pp2_iter0 == 1'b0) & (ap_enable_reg_pp2_iter1 == 1'b1) & (1'b1 == ap_CS_fsm_pp2_stage0))) begin
                ap_NS_fsm = ap_ST_fsm_state10;
            end else begin
                ap_NS_fsm = ap_ST_fsm_pp2_stage0;
            end
        end
        ap_ST_fsm_state10 : begin
            ap_NS_fsm = ap_ST_fsm_state4;
        end
        default : begin
            ap_NS_fsm = 'bx;
        end
    endcase
end

assign AXI_video_strm_V_data_V_0_ack_in = AXI_video_strm_V_data_V_0_state[1'd1];

assign AXI_video_strm_V_data_V_0_load_A = (~AXI_video_strm_V_data_V_0_sel_wr & AXI_video_strm_V_data_V_0_state_cmp_full);

assign AXI_video_strm_V_data_V_0_load_B = (AXI_video_strm_V_data_V_0_state_cmp_full & AXI_video_strm_V_data_V_0_sel_wr);

assign AXI_video_strm_V_data_V_0_sel = AXI_video_strm_V_data_V_0_sel_rd;

assign AXI_video_strm_V_data_V_0_state_cmp_full = ((AXI_video_strm_V_data_V_0_state != 2'd1) ? 1'b1 : 1'b0);

assign AXI_video_strm_V_data_V_0_vld_in = input_r_TVALID;

assign AXI_video_strm_V_data_V_0_vld_out = AXI_video_strm_V_data_V_0_state[1'd0];

assign AXI_video_strm_V_dest_V_0_vld_in = input_r_TVALID;

assign AXI_video_strm_V_last_V_0_ack_in = AXI_video_strm_V_last_V_0_state[1'd1];

assign AXI_video_strm_V_last_V_0_load_A = (~AXI_video_strm_V_last_V_0_sel_wr & AXI_video_strm_V_last_V_0_state_cmp_full);

assign AXI_video_strm_V_last_V_0_load_B = (AXI_video_strm_V_last_V_0_state_cmp_full & AXI_video_strm_V_last_V_0_sel_wr);

assign AXI_video_strm_V_last_V_0_sel = AXI_video_strm_V_last_V_0_sel_rd;

assign AXI_video_strm_V_last_V_0_state_cmp_full = ((AXI_video_strm_V_last_V_0_state != 2'd1) ? 1'b1 : 1'b0);

assign AXI_video_strm_V_last_V_0_vld_in = input_r_TVALID;

assign AXI_video_strm_V_last_V_0_vld_out = AXI_video_strm_V_last_V_0_state[1'd0];

assign AXI_video_strm_V_user_V_0_ack_in = AXI_video_strm_V_user_V_0_state[1'd1];

assign AXI_video_strm_V_user_V_0_load_A = (~AXI_video_strm_V_user_V_0_sel_wr & AXI_video_strm_V_user_V_0_state_cmp_full);

assign AXI_video_strm_V_user_V_0_load_B = (AXI_video_strm_V_user_V_0_state_cmp_full & AXI_video_strm_V_user_V_0_sel_wr);

assign AXI_video_strm_V_user_V_0_sel = AXI_video_strm_V_user_V_0_sel_rd;

assign AXI_video_strm_V_user_V_0_state_cmp_full = ((AXI_video_strm_V_user_V_0_state != 2'd1) ? 1'b1 : 1'b0);

assign AXI_video_strm_V_user_V_0_vld_in = input_r_TVALID;

assign AXI_video_strm_V_user_V_0_vld_out = AXI_video_strm_V_user_V_0_state[1'd0];

assign ap_CS_fsm_pp1_stage0 = ap_CS_fsm[32'd4];

assign ap_CS_fsm_pp2_stage0 = ap_CS_fsm[32'd6];

assign ap_CS_fsm_state1 = ap_CS_fsm[32'd0];

assign ap_CS_fsm_state10 = ap_CS_fsm[32'd7];

assign ap_CS_fsm_state2 = ap_CS_fsm[32'd1];

assign ap_CS_fsm_state3 = ap_CS_fsm[32'd2];

assign ap_CS_fsm_state4 = ap_CS_fsm[32'd3];

assign ap_CS_fsm_state7 = ap_CS_fsm[32'd5];

assign ap_block_pp1_stage0 = ~(1'b1 == 1'b1);

always @ (*) begin
    ap_block_pp1_stage0_01001 = ((ap_enable_reg_pp1_iter1 == 1'b1) & (((1'b0 == AXI_video_strm_V_data_V_0_vld_out) & (ap_predicate_op56_read_state6 == 1'b1)) | ((exitcond_reg_362 == 1'd0) & (img_data_stream_V_full_n == 1'b0))));
end

always @ (*) begin
    ap_block_pp1_stage0_11001 = ((ap_enable_reg_pp1_iter1 == 1'b1) & (((1'b0 == AXI_video_strm_V_data_V_0_vld_out) & (ap_predicate_op56_read_state6 == 1'b1)) | ((exitcond_reg_362 == 1'd0) & (img_data_stream_V_full_n == 1'b0))));
end

always @ (*) begin
    ap_block_pp1_stage0_subdone = ((ap_enable_reg_pp1_iter1 == 1'b1) & (((1'b0 == AXI_video_strm_V_data_V_0_vld_out) & (ap_predicate_op56_read_state6 == 1'b1)) | ((exitcond_reg_362 == 1'd0) & (img_data_stream_V_full_n == 1'b0))));
end

assign ap_block_pp2_stage0 = ~(1'b1 == 1'b1);

always @ (*) begin
    ap_block_pp2_stage0_11001 = ((eol_2_reg_233 == 1'd0) & (1'b0 == AXI_video_strm_V_data_V_0_vld_out) & (ap_enable_reg_pp2_iter1 == 1'b1));
end

always @ (*) begin
    ap_block_pp2_stage0_subdone = ((eol_2_reg_233 == 1'd0) & (1'b0 == AXI_video_strm_V_data_V_0_vld_out) & (ap_enable_reg_pp2_iter1 == 1'b1));
end

always @ (*) begin
    ap_block_state1 = ((ap_start == 1'b0) | (ap_done_reg == 1'b1));
end

assign ap_block_state5_pp1_stage0_iter0 = ~(1'b1 == 1'b1);

always @ (*) begin
    ap_block_state6_pp1_stage0_iter1 = (((1'b0 == AXI_video_strm_V_data_V_0_vld_out) & (ap_predicate_op56_read_state6 == 1'b1)) | ((exitcond_reg_362 == 1'd0) & (img_data_stream_V_full_n == 1'b0)));
end

assign ap_block_state8_pp2_stage0_iter0 = ~(1'b1 == 1'b1);

always @ (*) begin
    ap_block_state9_pp2_stage0_iter1 = ((eol_2_reg_233 == 1'd0) & (1'b0 == AXI_video_strm_V_data_V_0_vld_out));
end

always @ (*) begin
    ap_condition_487 = ((exitcond_reg_362 == 1'd0) & (1'b0 == ap_block_pp1_stage0) & (ap_enable_reg_pp1_iter1 == 1'b1) & (1'b1 == ap_CS_fsm_pp1_stage0));
end

assign ap_enable_pp1 = (ap_idle_pp1 ^ 1'b1);

assign ap_enable_pp2 = (ap_idle_pp2 ^ 1'b1);

assign ap_phi_reg_pp1_iter1_axi_last_V_2_reg_207 = 'bx;

assign ap_phi_reg_pp1_iter1_p_Val2_s_reg_220 = 'bx;

always @ (*) begin
    ap_predicate_op56_read_state6 = ((brmerge_reg_371 == 1'd0) & (exitcond_reg_362 == 1'd0));
end

assign brmerge_fu_312_p2 = (sof_1_fu_90 | ap_phi_mux_eol_phi_fu_177_p4);

assign exitcond4_fu_287_p2 = ((t_V_reg_151 == img_rows_V_read) ? 1'b1 : 1'b0);

assign exitcond_fu_298_p2 = ((t_V_4_reg_162 == img_cols_V_read) ? 1'b1 : 1'b0);

assign i_V_fu_292_p2 = (t_V_reg_151 + 32'd1);

assign img_data_stream_V_din = ap_phi_mux_p_Val2_s_phi_fu_224_p4;

assign input_r_TREADY = AXI_video_strm_V_dest_V_0_state[1'd1];

assign j_V_fu_303_p2 = (t_V_4_reg_162 + 32'd1);

assign tmp_user_V_fu_278_p1 = AXI_video_strm_V_user_V_0_data_out;

endmodule //AXIvideo2Mat